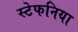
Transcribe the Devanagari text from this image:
स्टेफनिया